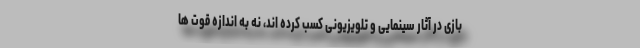
بازی در آثار سینمایی و تلویزیونی کسب کرده اند، نه به اندازه قوت ها